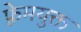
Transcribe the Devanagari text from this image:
फ़्रेमयुक्त